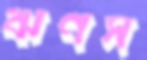
ঋণস